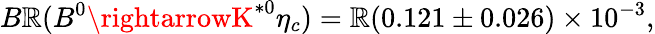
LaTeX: B\mathbb{R}(B^{0}\rightarrowK^{*0}\eta_{c})=\mathbb{R}(0.121\pm0.026)\times10^{-3},